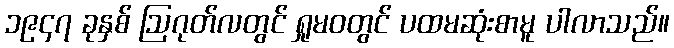
၁၉၄၇ ခုနှစ် ဩဂုတ်လတွင် ရှုမဝတွင် ပထမဆုံးစာမူ ပါလာသည်။